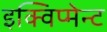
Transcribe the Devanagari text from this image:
इक्विप्मेन्ट